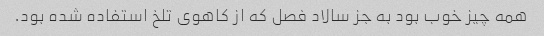
همه چیز خوب بود به جز سالاد فصل که از کاهوی تلخ استفاده شده بود.